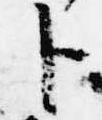
卜